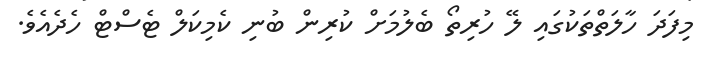
މިފަދަ ހާލަތްތަކުގައި ލޭ ހުރިތޯ ބެލުމަށް ކުރިން ބުނި ކެމިކަލް ޓެސްޓް ހެދެއެވެ.